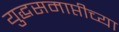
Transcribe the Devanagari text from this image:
युद्धसमाप्तीच्या